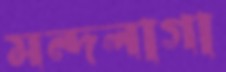
মন্দলাগা